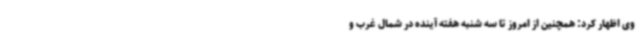
وی اظهار کرد: همچنین از امروز تا سه شنبه هفته آینده در شمال غرب و